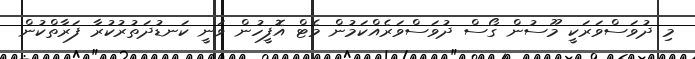
މި ދުވަސްވަރަކީ މޫސުން ގޯސް ދުވަސްވަރެއްކަމުން މެޓް އޮފީހުން ވަނީ ކަނޑުދަތުރުކުރާ ފަރާތްކުން